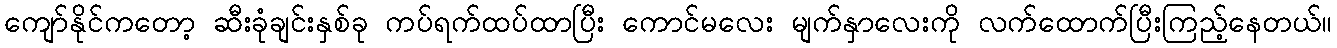
ကျော်နိုင်ကတော့ ဆီးခုံချင်းနှစ်ခု ကပ်ရက်ထပ်ထာပြီး ကောင်မလေး မျက်နှာလေးကို လက်ထောက်ပြီးကြည့်နေတယ်။